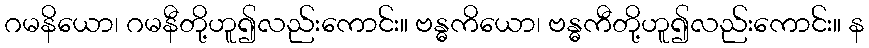
ဂမနိယော၊ ဂမနီတို့ဟူ၍လည်းကောင်း။ ဗန္ဓကိယော၊ ဗန္ဓကီတို့ဟူ၍လည်းကောင်း။ န